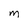
Character: M